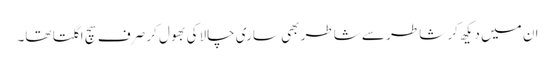
ان میں دیکھ کر شاطر سے شاطر بھی ساری چالاکی بھول کر صرف سچ اگلتا تھا۔